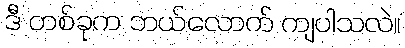
ဒီ တစ်ခုက ဘယ်လောက် ကျပါသလဲ။